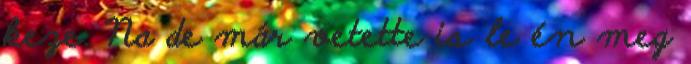
keze. Na de már vetette is le én meg